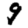
Digit: 9